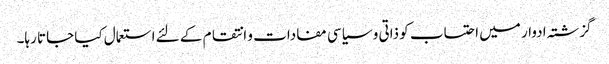
گزشتہ ادوار میں احتساب کو ذاتی و سیاسی مفادات و انتقام کے لئے استعمال کیا جاتا رہا۔